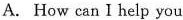
A. How can I help you